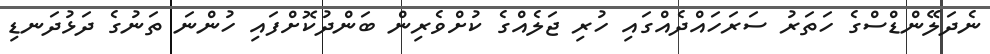
ނެދަލޭންޑްސްގެ ހަތަރު ސަރަހައްދެއްގައި ހުރި ޖަލެއްގެ ކުށްވެރިން ބަންދުކޮށްފައި ހުންނަ ތަނުގެ ދަޅުދަނޑި